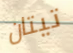
تيتان